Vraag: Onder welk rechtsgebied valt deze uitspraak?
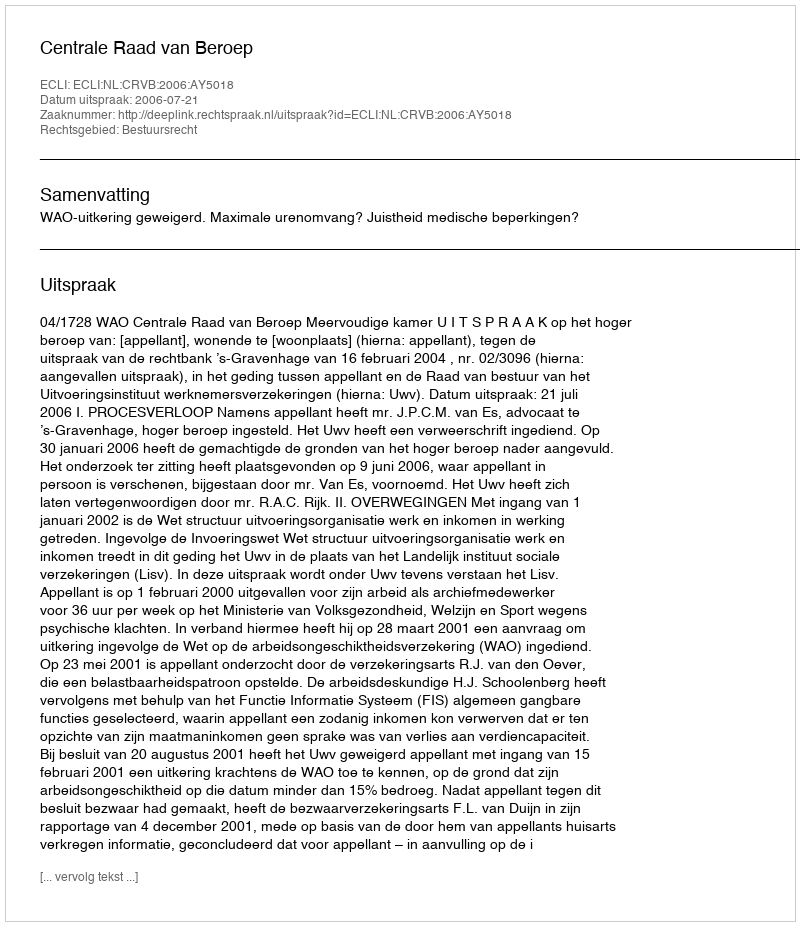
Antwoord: Bestuursrecht